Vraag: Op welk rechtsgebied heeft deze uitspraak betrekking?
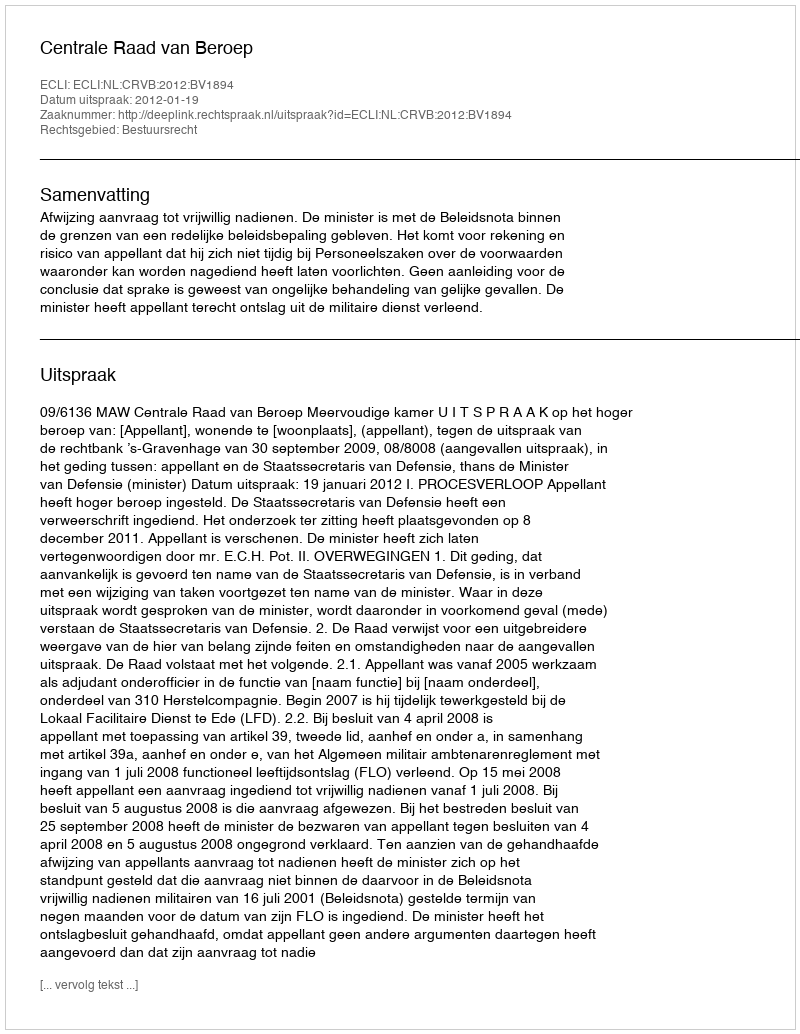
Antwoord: Bestuursrecht